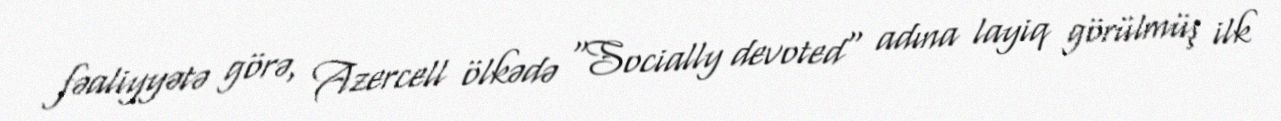
fəaliyyətə görə, Azercell ölkədə "Socially devoted" adına layiq görülmüş ilk